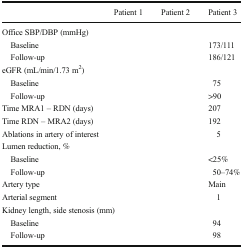
<table><thead><tr><td>[EMPTY_CELL]</td><td><b>Patient 1</b></td><td><b>Patient 2</b></td><td><b>Patient 3</b></td></tr></thead><tbody><tr><td colspan="4">Office SBP/DBP (mmHg)</td></tr><tr><td> Baseline</td><td>[EMPTY_CELL]</td><td>[EMPTY_CELL]</td><td>173/111</td></tr><tr><td> Follow-up</td><td>[EMPTY_CELL]</td><td>[EMPTY_CELL]</td><td>186/121</td></tr><tr><td colspan="4">eGFR (mL/min/1.73 m<sup>2</sup>)</td></tr><tr><td> Baseline</td><td>[EMPTY_CELL]</td><td>[EMPTY_CELL]</td><td>75</td></tr><tr><td> Follow-up</td><td>[EMPTY_CELL]</td><td>[EMPTY_CELL]</td><td>&gt;90</td></tr><tr><td>Time MRA1 – RDN (days)</td><td>[EMPTY_CELL]</td><td>[EMPTY_CELL]</td><td>207</td></tr><tr><td>Time RDN – MRA2 (days)</td><td>[EMPTY_CELL]</td><td>[EMPTY_CELL]</td><td>192</td></tr><tr><td>Ablations in artery of interest</td><td>[EMPTY_CELL]</td><td>[EMPTY_CELL]</td><td>5</td></tr><tr><td colspan="4">Lumen reduction, %</td></tr><tr><td> Baseline</td><td>[EMPTY_CELL]</td><td>[EMPTY_CELL]</td><td>&lt;25%</td></tr><tr><td> Follow-up</td><td>[EMPTY_CELL]</td><td>[EMPTY_CELL]</td><td>50–74%</td></tr><tr><td>Artery type</td><td>[EMPTY_CELL]</td><td>[EMPTY_CELL]</td><td>Main</td></tr><tr><td>Arterial segment</td><td>[EMPTY_CELL]</td><td>[EMPTY_CELL]</td><td>1</td></tr><tr><td colspan="4">Kidney length, side stenosis (mm)</td></tr><tr><td> Baseline</td><td>[EMPTY_CELL]</td><td>[EMPTY_CELL]</td><td>94</td></tr><tr><td> Follow-up</td><td>[EMPTY_CELL]</td><td>[EMPTY_CELL]</td><td>98</td></tr></tbody></table>